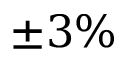
\pm 3 \%